Scottish Leaving Certificate Examination, 1956
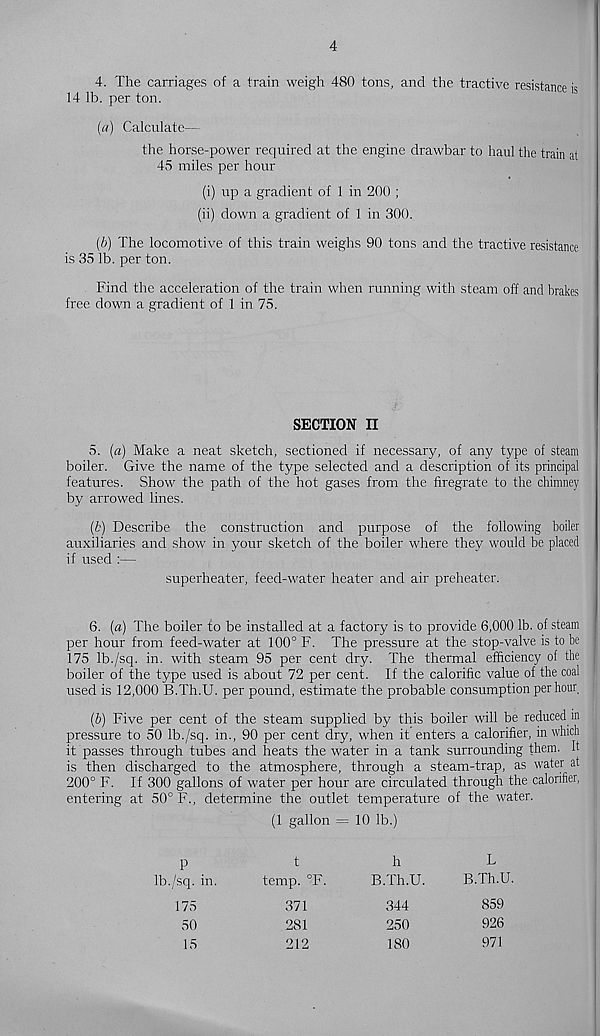
4
4. The carriages of a train weigh 480 tons, and the tractive resistance is
14 lb. per ton.
(a) Calculate—
the horse-power required at the engine drawbar to haul the train at
45 miles per hour
(i) up a gradient of 1 in 200 ;
(ii) down a gradient of 1 in 300.
(b) The locomotive of this train weighs 90 tons and the tractive resistance
is 35 lb. per ton.
Find the acceleration of the train when running with steam off and brakes
free down a gradient of 1 in 75.
SECTION II
5. (a) Make a neat sketch, sectioned if necessary, of any type of steam
boiler. Give the name of the type selected and a description of its principal
features. Show the path of the hot gases from the firegrate to the chimney
by arrowed lines.
(b) Describe the construction and purpose of the following boiler
auxiliaries and show in your sketch of the boiler where they would be placed
if used :—
superheater, feed-water heater and air preheater.
6. (a) The boiler to be installed at a factory is to provide 6,000 lb. of steam
per hour from feed-water at 100° F. The pressure at the stop-valve is to be
175 Ib./sq. in. with steam 95 per cent dry. The thermal efficiency of the
boiler of the type used is about 72 per cent. If the calorific value of the coal
used is 12,000 ES.Th.U. per pound, estimate the probable consumption per hour,
(b) Five per cent of the steam supplied by this boiler will be reduced in
pressure to 50 Ib./sq. in., 90 per cent dry, when it enters a calorifier, in which
it passes through tubes and heats the water in a tank surrounding them. It
is then discharged to the atmosphere, through a steam-trap, as water at
200° F. If 300 gallons of water per hour are circulated through the calorifier,
entering at 50° F., determine the outlet temperature of the water.
(1 gallon = 10 lb.)
P
Ib./sq. in.
175
50
15
temp. °F.
371
281
212
h
B.Th.U.
344
250
180
L
B.Th.U.
859
926
971